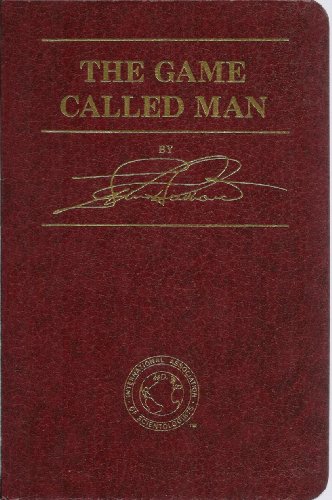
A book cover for The Game Called Man; L. Ron Hubbard; Religion & Spirituality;